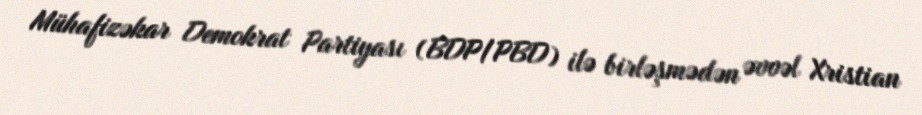
Mühafizəkar Demokrat Partiyası (BDP/PBD) ilə birləşmədən əvvəl Xristian